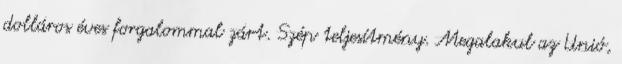
dolláros éves forgalommal zárt. Szép teljesítmény. Megalakul az Unió,